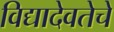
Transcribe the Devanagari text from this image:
विद्यादेवतेचे